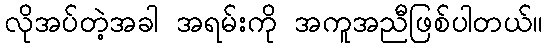
လိုအပ်တဲ့အခါ အရမ်းကို အကူအညီဖြစ်ပါတယ်။